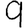
Digit: 9